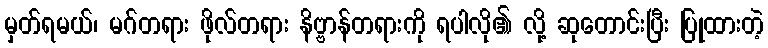
မှတ်ရမယ်၊ မဂ်တရား ဖိုလ်တရား နိဗ္ဗာန်တရားကို ရပါလို၏ လို့ ဆုတောင်းပြီး ပြုထားတဲ့